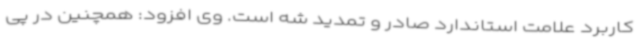
کاربرد علامت استاندارد صادر و تمدید شه است. وی افزود: همچنین در پی